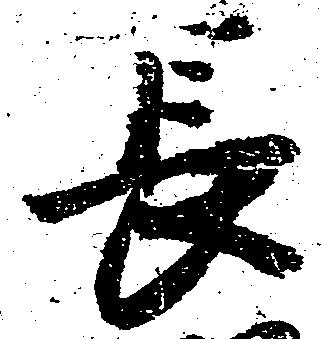
長